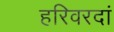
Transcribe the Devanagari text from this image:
हरिवरदां